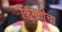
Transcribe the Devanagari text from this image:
किंमतींचा